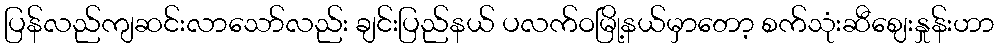
ပြန်လည်ကျဆင်းလာသော်လည်း ချင်းပြည်နယ် ပလက်ဝမြို့နယ်မှာတော့ စက်သုံးဆီဈေးနှုန်းဟာ